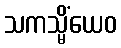
သကသ္မိံယေဝ